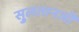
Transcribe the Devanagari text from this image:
सु्लतानजी